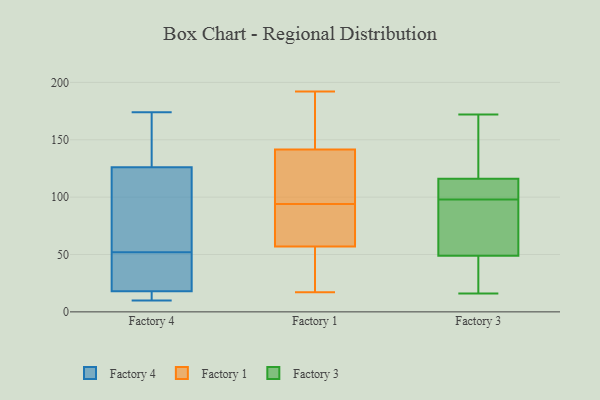
{"axis": {"x": "Churn Rate (%)", "y": "Value"}, "legend": ["Factory 1", "Factory 3", "Factory 4"], "data": [{"x": "", "y": 174, "type": "Factory 4"}, {"x": "", "y": 15, "type": "Factory 4"}, {"x": "", "y": 133, "type": "Factory 4"}, {"x": "", "y": 99, "type": "Factory 4"}, {"x": "", "y": 18, "type": "Factory 4"}, {"x": "", "y": 144, "type": "Factory 4"}, {"x": "", "y": 12, "type": "Factory 4"}, {"x": "", "y": 24, "type": "Factory 4"}, {"x": "", "y": 24, "type": "Factory 4"}, {"x": "", "y": 117, "type": "Factory 4"}, {"x": "", "y": 77, "type": "Factory 4"}, {"x": "", "y": 18, "type": "Factory 4"}, {"x": "", "y": 119, "type": "Factory 4"}, {"x": "", "y": 10, "type": "Factory 4"}, {"x": "", "y": 27, "type": "Factory 4"}, {"x": "", "y": 158, "type": "Factory 4"}, {"x": "", "y": 110, "type": "Factory 1"}, {"x": "", "y": 177, "type": "Factory 1"}, {"x": "", "y": 17, "type": "Factory 1"}, {"x": "", "y": 52, "type": "Factory 1"}, {"x": "", "y": 103, "type": "Factory 1"}, {"x": "", "y": 146, "type": "Factory 1"}, {"x": "", "y": 137, "type": "Factory 1"}, {"x": "", "y": 63, "type": "Factory 1"}, {"x": "", "y": 119, "type": "Factory 1"}, {"x": "", "y": 85, "type": "Factory 1"}, {"x": "", "y": 44, "type": "Factory 1"}, {"x": "", "y": 69, "type": "Factory 1"}, {"x": "", "y": 177, "type": "Factory 1"}, {"x": "", "y": 35, "type": "Factory 1"}, {"x": "", "y": 62, "type": "Factory 1"}, {"x": "", "y": 192, "type": "Factory 1"}, {"x": "", "y": 111, "type": "Factory 3"}, {"x": "", "y": 116, "type": "Factory 3"}, {"x": "", "y": 172, "type": "Factory 3"}, {"x": "", "y": 59, "type": "Factory 3"}, {"x": "", "y": 123, "type": "Factory 3"}, {"x": "", "y": 112, "type": "Factory 3"}, {"x": "", "y": 31, "type": "Factory 3"}, {"x": "", "y": 16, "type": "Factory 3"}, {"x": "", "y": 95, "type": "Factory 3"}, {"x": "", "y": 79, "type": "Factory 3"}, {"x": "", "y": 101, "type": "Factory 3"}, {"x": "", "y": 20, "type": "Factory 3"}, {"x": "", "y": 49, "type": "Factory 3"}, {"x": "", "y": 152, "type": "Factory 3"}]}